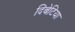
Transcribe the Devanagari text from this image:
दिबेटिया